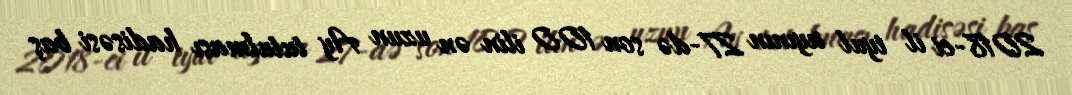
2018-ci il iyul ayının 27-də son 100 ilin ən uzun Ay tutulması hadisəsi baş